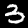
Digit: 3